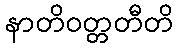
နာတိဝတ္တတီတိ